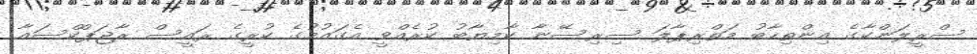
ސްރީލަންކާގެ އިންތިހާބު މަތްރިޕާލަ ސިރިސޭނާ ކާމިޔާބު ކުރެއްވީ އެގައުމުގެ ކުރީގެ ރައީސް ރާޖަޕްކްސައާ